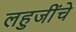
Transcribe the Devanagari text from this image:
लहुजींचे